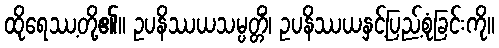
ထိုရေဿ့တို့၏။ ဥပနိဿယသမ္ပတ္တိံ၊ ဥပနိဿယနှင့်ပြည့်စုံခြင်းကို။